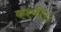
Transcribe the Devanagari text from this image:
कश्मीरः